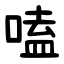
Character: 嗑